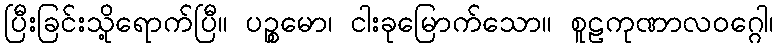
ပြီးခြင်းသို့ရောက်ပြီ။ ပဉ္စမော၊ ငါးခုမြောက်သော။ စူဠကုဏာလဝဂ္ဂေါ၊